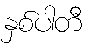
နှစ်ပါတီ